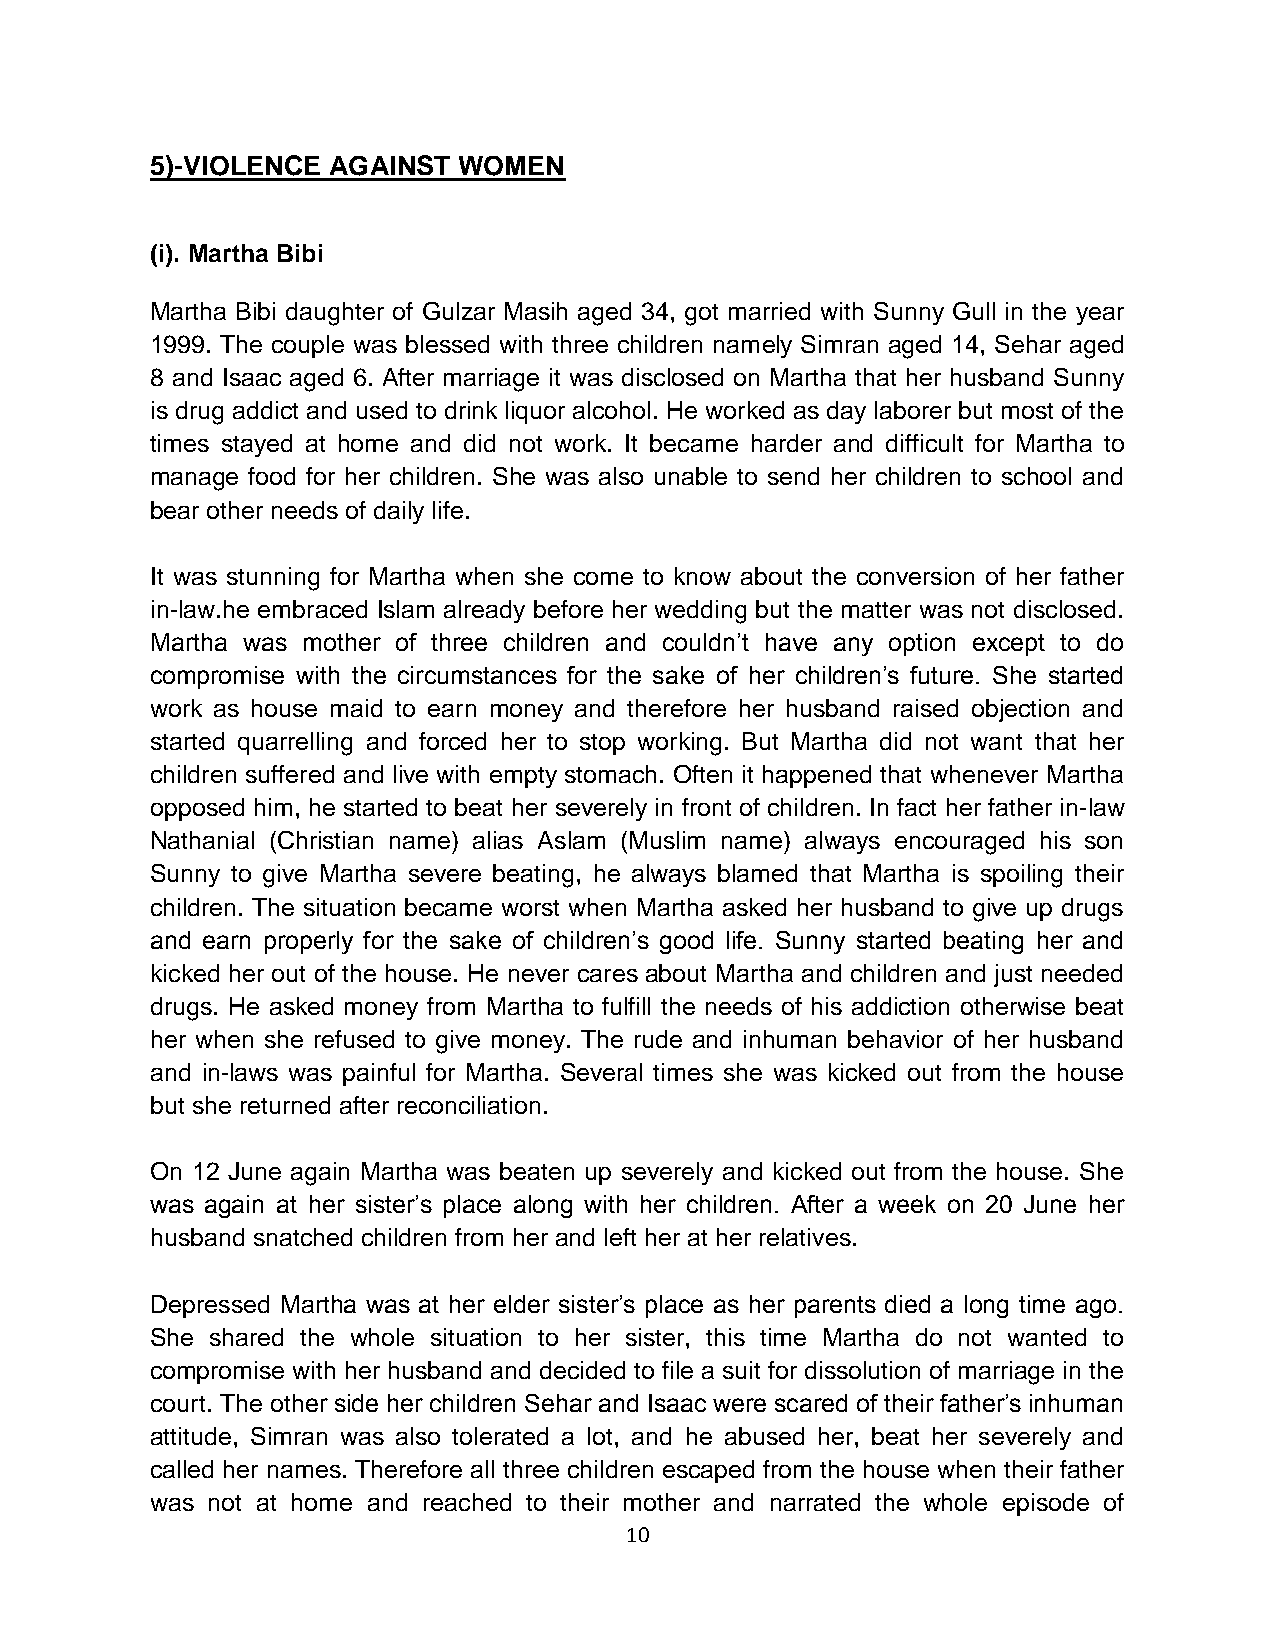
5)-VIOLENCE AGAINST WOMEN
 (i). Martha Bibi
 Martha Bibi daughter of Gulzar Masih aged 34, got married with Sunny Gull in the year
 1999. The couple was blessed with three children namely Simran aged 14, Sehar aged
 8 and Isaac aged 6. After marriage it was disclosed on Martha that her husband Sunny
 is drug addict and used to drink liquor alcohol. He worked as day laborer but most of the
 times stayed at home and did not work. It became harder and difficult for Martha to
 manage food for her children. She was also unable to send her children to school and
 bear other needs of daily life.
 It was stunning for Martha when she come to know about the conversion of her father
 in-law.he embraced Islam already before her wedding but the matter was not disclosed.
 Martha was mother of three children and couldn’t have any option except to do
 compromise with the circumstances for the sake of her children’s future. She started
 work as house maid to earn money and therefore her husband raised objection and
 started quarrelling and forced her to stop working. But Martha did not want that her
 children suffered and live with empty stomach. Often it happened that whenever Martha
 opposed him, he started to beat her severely in front of children. In fact her father in-law
 Nathanial (Christian name) alias Aslam (Muslim name) always encouraged his son
 Sunny to give Martha severe beating, he always blamed that Martha is spoiling their
 children. The situation became worst when Martha asked her husband to give up drugs
 and earn properly for the sake of children’s good life. Sunny started beating her and
 kicked her out of the house. He never cares about Martha and children and just needed
 drugs. He asked money from Martha to fulfill the needs of his addiction otherwise beat
 her when she refused to give money. The rude and inhuman behavior of her husband
 and in-laws was painful for Martha. Several times she was kicked out from the house
 but she returned after reconciliation.
 On 12 June again Martha was beaten up severely and kicked out from the house. She
 was again at her sister’s place along with her children. After a week on 20 June her
 husband snatched children from her and left her at her relatives.
 Depressed Martha was at her elder sister’s place as her parents died a long time ago.
 She shared the whole situation to her sister, this time Martha do not wanted to
 compromise with her husband and decided to file a suit for dissolution of marriage in the
 court. The other side her children Sehar and Isaac were scared of their father’s inhuman
 attitude, Simran was also tolerated a lot, and he abused her, beat her severely and
 called her names. Therefore all three children escaped from the house when their father
 was not at home and reached to their mother and narrated the whole episode of
 10